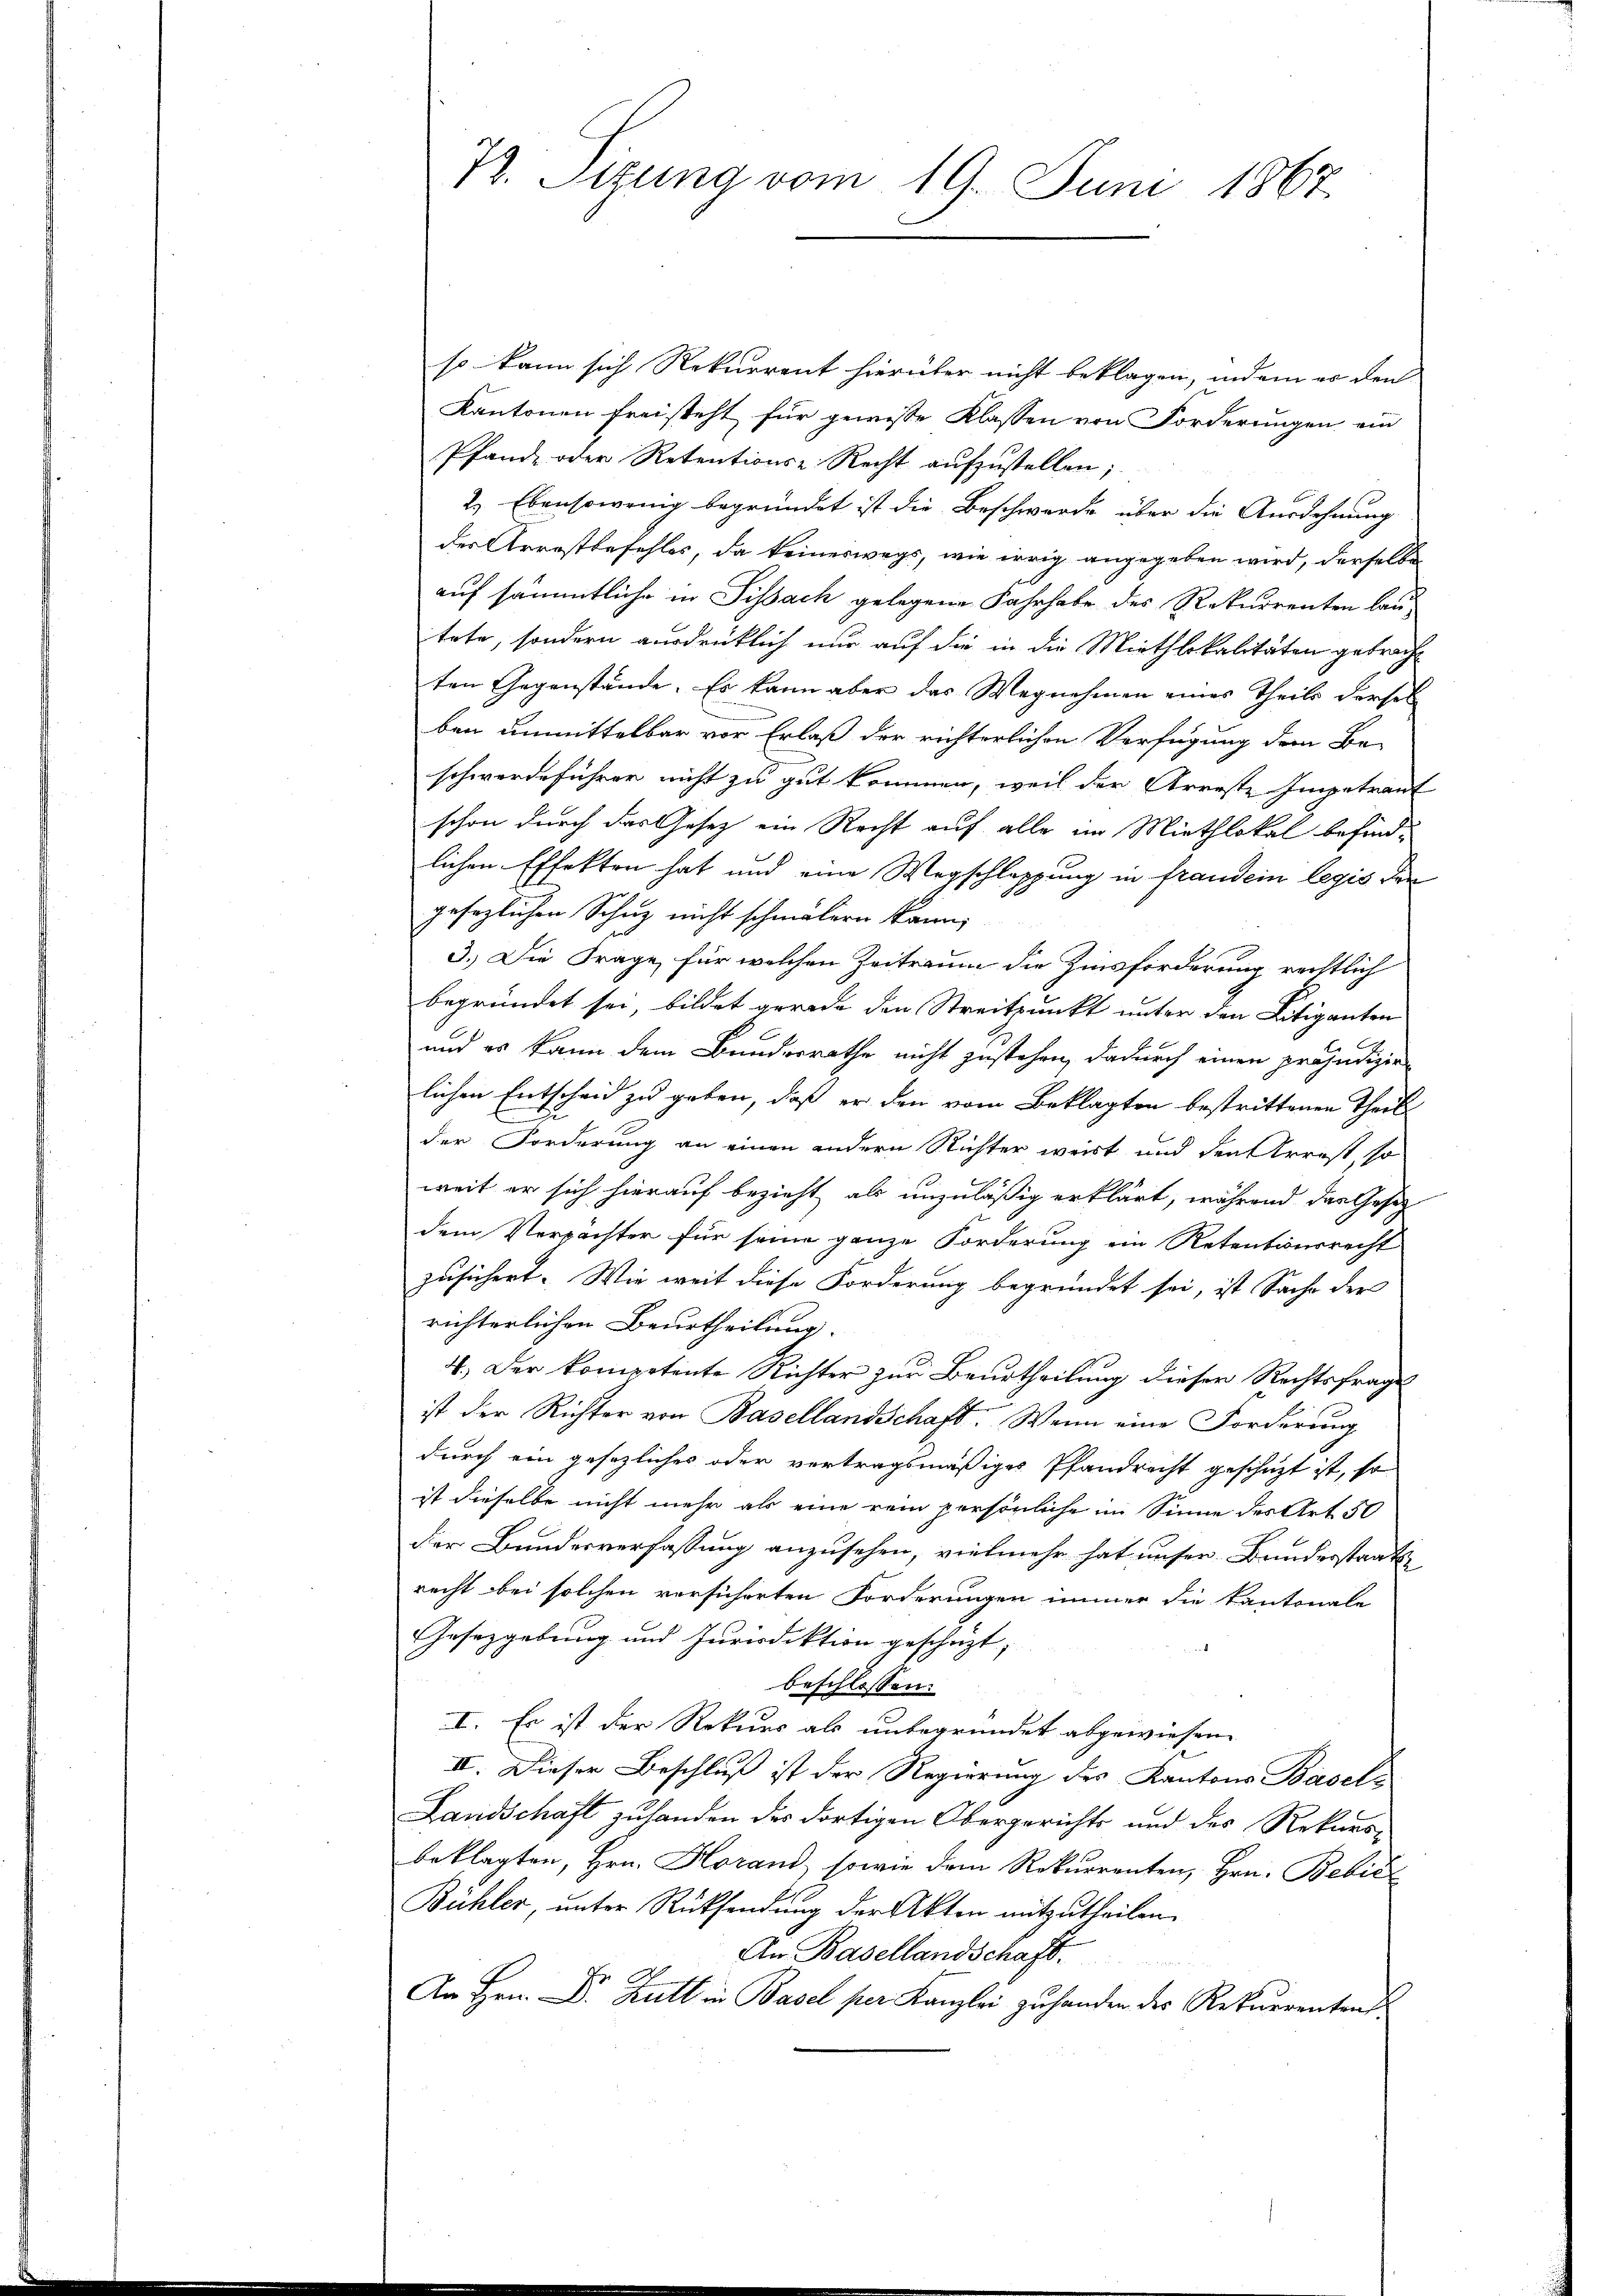
72. Sitzung vom 19. Juni 1867.

so kann sich Rekurrent hierüber nicht beklagen, indem er den
Kantonen freisteht für gewisse Klassen von Forderungen ein
Pfand- oder Retentions-Recht aŭfzŭstellen;
2.) Ebensowenig begründet ist die Beschwerde über die Ausdehnung
des Arrestbefehles, da keineswegs, wie irrig angegeben wird, derselbe
auf sämmtliche in Sissach gelegene Fahrhabe des Rekurrenten lautete, sondern ausdrücklich nur auf die in die Miethlokalitäten gebracht
ten Gegenstände. Es kann aber das Wegnehmen eines Theils dersel
ben unmittelbar vor Erlaß der richterlichen Verfügung dem Be-
schwerdeführer nicht zu gut kommen, weil der Arreste Impetraut
schon durch das Gesetz ein Recht auf alle im Miethlokal befindlichen Effekten hat und eine Wegschlappung in frandein legio den
gesezlichen Schuz nicht schmälern kann,
3.) Die Frage für welchen Zeitraum die Zinsforderung rechtlich
begründet sei bildet gerade den Streitpunkt unter den Litiganten
und es kann dem Bundesrathe nicht zustehen, dadurch einen präjudizir
lichen Entscheid zu geben, daß er den vom Beklagten bestrittenen Theile
der Forderung an einen andern Richter weist und den Arrest, so
weit er sich hierauf bezieht als unzuläßig erklärt, während das Gesetz
dem Verpachter für seine ganze Forderung ein Retentionsrecht
zusichert. Wie weit diese Forderung begründet sei, ist Sache der
richterlichen Beurtheilung
4.) Der kompetente Richter zur Beurtheilung diesen Rechtsfrage
ist der Richter von Basellandschaft. Wenn eine Forderung
durch ein gesezliches oder vertragsmäßiges Pfandrecht geschüzt ist, so
ist dieselbe nicht mehr als eine rein persönliche im Sinne des Art. 50
der Bundesverfassung anzusehen, vielmehr hat unser Bunderstaatsrecht bei solchen vorsicherten Forderungen immer die Kantonale
Gesetzgebung und Iurisdiktion geschüzt,
beschlossen:
I. Es ist der Rekurs als unbegründet abgewiesen.
II. Dieser Beschluß ist der Regierung des Kantons Basels
Landschaft zu handen des dortigen Obergerichts und des Rekurs-
beklagten, Hrn. Horand, sowie dem Rekurrenten, Hrn. Bebić
Bühler, unter Rücksendung der Akten mitzutheilen.
An Basellandschaft.
An Hrn. Dr. Kutt in Basel per Kanzlei zu handen des Rekurrentens